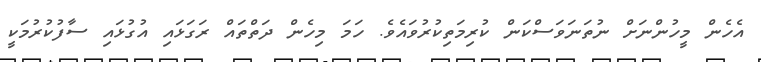
އެހެން މީހުންނަށް ނުތަނަވަސްކަން ކުރިމަތިކުރުވައެވެ. ހަމަ މިހެން ދަތްތައް ރަގަޅައި އުގުޅައި ސާފުކުރުމަކީ